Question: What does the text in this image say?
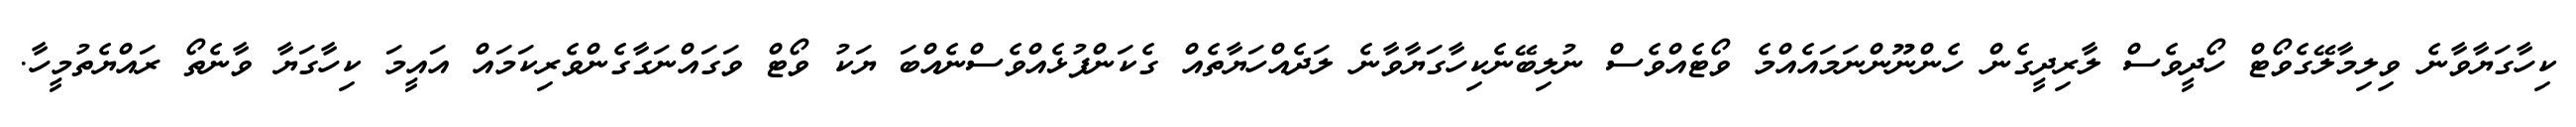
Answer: ކިހާގަޔާވާނެ ވިލިމާލޭގެވޯޓް ހޯދީވެސް ލާރިދީގެން ހެންނޫންނަމައެއްމެ ވޯޓެއްވެސް ނުލިބޭނެކިހާގަޔާވާނެ ލަދެއްހަޔާތެއް ގެކަންފުޅެއްވެސްނެއްބަ ޔަކު ވޯޓް ވަގައްނަގާގެންވެރިކަމައް އައީމަ ކިހާގަޔާ ވާނެތޯ ރައްޔެތުމީހާ.